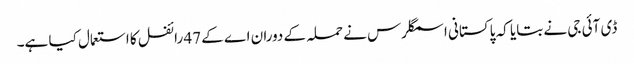
ڈی آئی جی نے بتایا کہ پاکستانی اسمگلرس نے حملہ کے دوران اے کے 47 رائفل کا استعمال کیا ہے۔